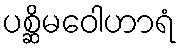
ပစ္ဆိမဝေါဟာရံ